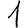
Digit: 1